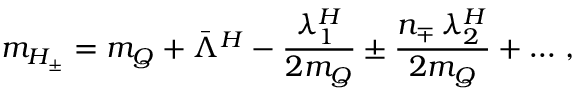
m _ { H _ { \pm } } = m _ { Q } + \bar { \Lambda } ^ { H } - { \frac { \lambda _ { 1 } ^ { H } } { 2 m _ { Q } } } \pm { \frac { n _ { \mp } \, \lambda _ { 2 } ^ { H } } { 2 m _ { Q } } } + \ldots \, ,